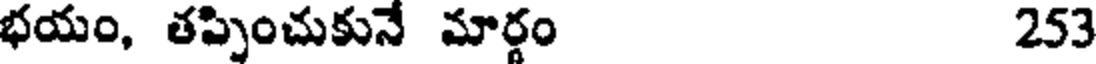
భయం, తప్పించుకునే మార్గం 253